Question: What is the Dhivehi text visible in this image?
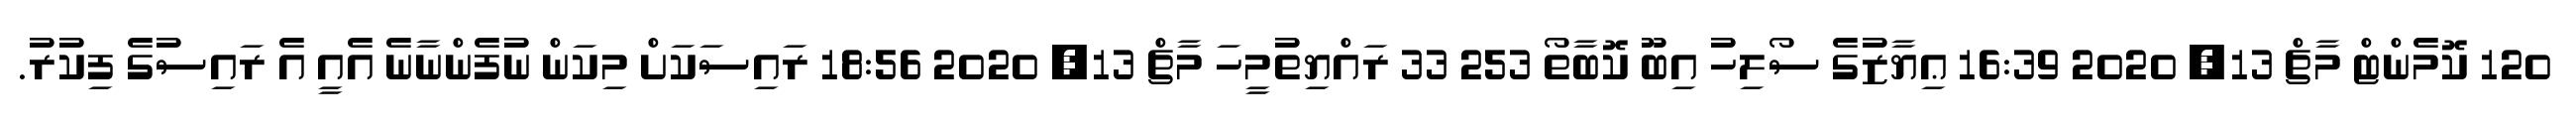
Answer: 120 ކޮމެންޓް މާޗް 13, 2020 16:39 ޢިޔާޒުގެ ސޯލިހު އިބޫ ކޮބާތޯ 253 33 ރައްޔިތުމީހަ މާޗް 13, 2020 18:56 ރައިސަކަށް މިކަން ނުފެންނާނެ އެއީ އެ ރައިސުގެ ފިކުރު.